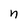
Character: n